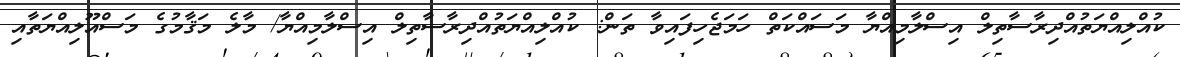
ކުއްލިއްޔަތުއްދިރާސާތިލް އިސްލާމިއްޔާ މަސައްކަތް ހަމަޖެހިފައިވާ ތަން: ކުއްލިއްޔަތުއްދިރާސާތިލް އިސްލާމިއްޔާ/ މާލެ މަޤާމުގެ މަސްއޫލިއްޔަތާއި